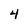
Character: 4